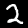
Digit: 2